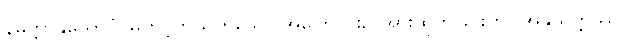
နိမိတ္တာနုယောဂံ၊ မတင့်တယ်ဟူသော အကြောင်း၌ အားထုတ်ခြင်းကို။ အနုယုတ္တဿ၊